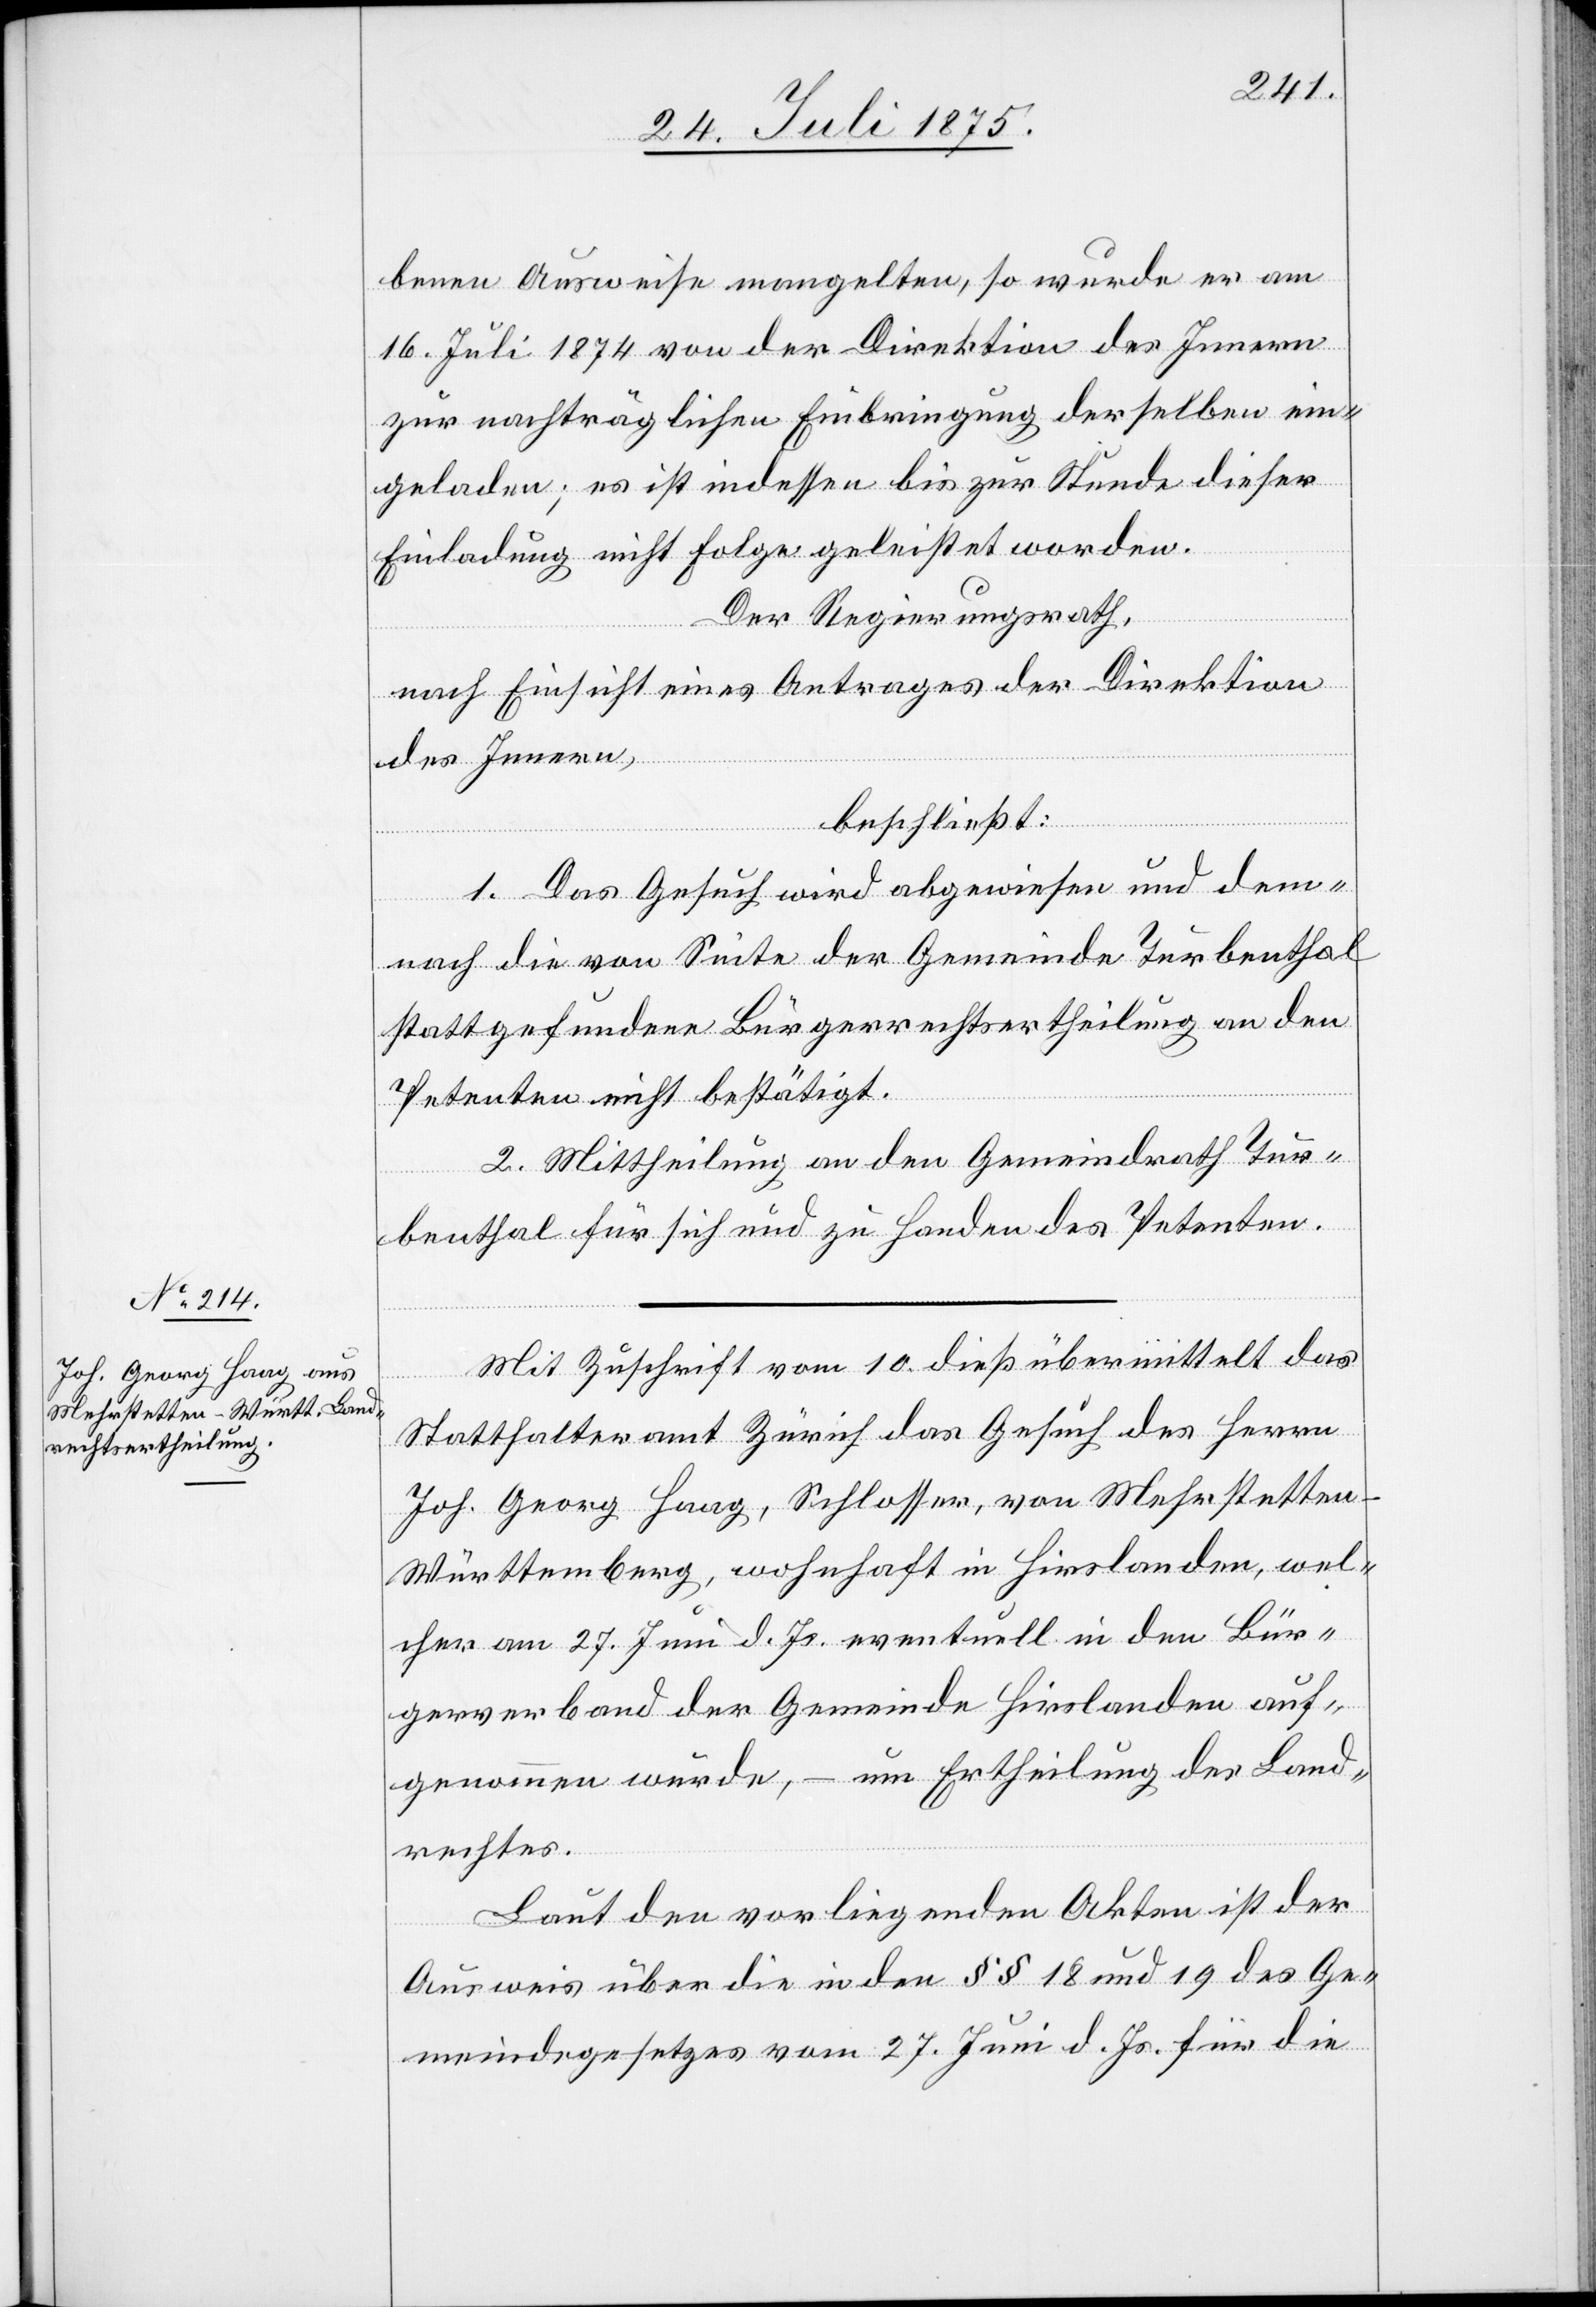
benen Ausweise mangelten, so wurde er am
16. Juli 1874 von der Direktion des Innern
zur nachträglichen Einbringung derselben ein¬
geladen; es ist indessen bis zur Stunde dieser
Einladung nicht Folge geleistet worden.
Der Regierungsrath,
nach Einsicht eines Antrages der Direktion
des Innern,
beschließt:
1. Das Gesuch wird abgewiesen und dem¬
nach die von Seite der Gemeinde Turbenthal
stattgefundene Bürgerrechtsertheilung an den
Petenten nicht bestätigt.
2. Mittheilung an den Gemeindrath Tur¬
benthal für sich und zu Handen des Petenten.
Mit Zuschrift vom 10. dieß übermittelt das
Statthalteramt Zürich das Gesuch des Herrn
Joh. Georg Haag, Schlosser, von Mehrstetten –
Württemberg, wohnhaft in Hirslanden, wel¬
cher am 27. Juni d. Js. eventuell in den Bür¬
gerverband der Gemeinde Hirslanden auf¬
genommen wurde, – um Ertheilung des Land¬
rechtes.
Laut den vorliegenden Akten ist der
Ausweis über die in den §§ 18 und 19 des Ge¬
meindegesetzes vom 27. Juni d. Js. für die